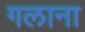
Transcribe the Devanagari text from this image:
गलाना